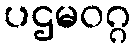
ပဌမဝဂ္ဂ